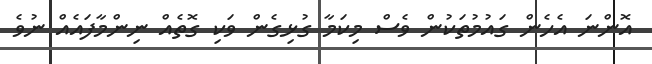
އޮންނަ އެހެން ގައުމުތަކުން ވެސް މިކަމާ ގުޅިގެން ވަކި ގޮތެއް ނިންމާފައެއް ނުވެ